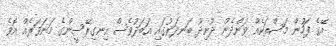
އޭގެ ފަހުން މަސްތަކެއް ވަންދެން ދޫނިދޫ ބަނދަރުގައި އަބަދުވެސް އިނގިރޭސީންގެ މަނަވަރެއް އޮވެ